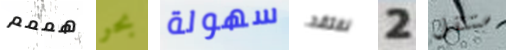
هممم بحر سهولة نفتقد 2 ستنتقل